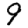
Digit: 9